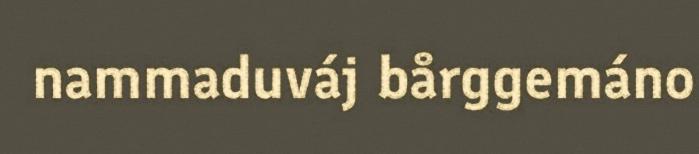
nammaduváj bårggemáno